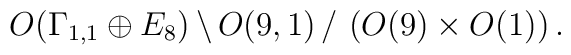
O(\Gamma_{1,1} \oplus E_8)\, \backslash \,O(9,1) \, / \,\left(O(9) \times O(1) \right).